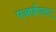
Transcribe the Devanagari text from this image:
एआईएलए